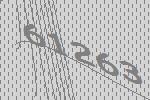
61263